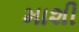
માશી